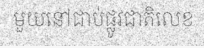
មួយនៅជាប់ផ្លូវជាតិលេខ